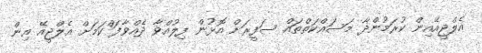
އެލްޖީއޭއިން ކުރަމުންދާ މަސައްކަތްތައް ސަފީރަށް އޮޅުން ފިލުއްވާ ދެއްވާފަ ްކަމަށް އެލްޖީއޭ އިން